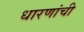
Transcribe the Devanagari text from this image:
धारणांची